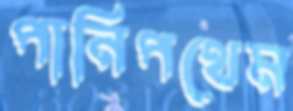
পানিপথেম